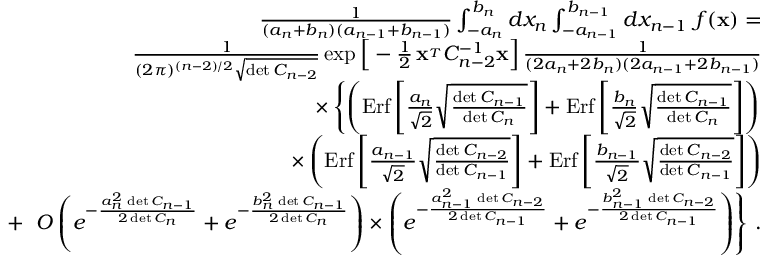
\begin{array} { r l r } & { } & { { \frac { 1 } { ( a _ { n } + b _ { n } ) ( a _ { n - 1 } + b _ { n - 1 } ) } } \int _ { - a _ { n } } ^ { b _ { n } } d x _ { n } \int _ { - a _ { n - 1 } } ^ { b _ { n - 1 } } d x _ { n - 1 } \ f ( { \bf x } ) = } \\ & { } & { { \frac { 1 } { ( 2 \pi ) ^ { ( n - 2 ) / 2 } \sqrt { \operatorname* { d e t } C _ { n - 2 } } } } \exp \Big [ - { \frac { 1 } { 2 } } \, { \bf x } ^ { _ T } C _ { n - 2 } ^ { - 1 } { \bf x } \Big ] \, { \frac { 1 } { ( 2 a _ { n } + 2 b _ { n } ) ( 2 a _ { n - 1 } + 2 b _ { n - 1 } ) } } } \\ & { } & { \times \left\{ \left( \mathrm { E r f } \left[ { \frac { a _ { n } } { \sqrt 2 } } \sqrt { \frac { \operatorname* { d e t } C _ { n - 1 } } { \operatorname* { d e t } C _ { n } } } \right] + \mathrm { E r f } \left[ { \frac { b _ { n } } { \sqrt 2 } } \sqrt { \frac { \operatorname* { d e t } C _ { n - 1 } } { \operatorname* { d e t } C _ { n } } } \right] \right) \right. } \\ & { } & { \times \left( \mathrm { E r f } \left[ { \frac { a _ { n - 1 } } { \sqrt 2 } } \sqrt { \frac { \operatorname* { d e t } C _ { n - 2 } } { \operatorname* { d e t } C _ { n - 1 } } } \right] + \mathrm { E r f } \left[ { \frac { b _ { n - 1 } } { \sqrt 2 } } \sqrt { \frac { \operatorname* { d e t } C _ { n - 2 } } { \operatorname* { d e t } C _ { n - 1 } } } \right] \right) } \\ & { } & { + \ \left. { \cal O } \left( e ^ { - { \frac { a _ { n } ^ { 2 } \, \operatorname* { d e t } C _ { n - 1 } } { 2 \operatorname* { d e t } C _ { n } } } } + e ^ { - { \frac { b _ { n } ^ { 2 } \, \operatorname* { d e t } C _ { n - 1 } } { 2 \operatorname* { d e t } C _ { n } } } } \right) \times \left( e ^ { - { \frac { a _ { n - 1 } ^ { 2 } \, \operatorname* { d e t } C _ { n - 2 } } { 2 \operatorname* { d e t } C _ { n - 1 } } } } + e ^ { - { \frac { b _ { n - 1 } ^ { 2 } \, \operatorname* { d e t } C _ { n - 2 } } { 2 \operatorname* { d e t } C _ { n - 1 } } } } \right) \right\} \, . } \end{array}